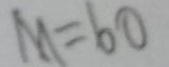
m = 6 0